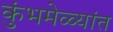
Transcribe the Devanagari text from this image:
कुंभमेळ्यांत